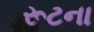
રૂટના